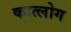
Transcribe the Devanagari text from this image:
कात्लोग